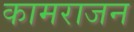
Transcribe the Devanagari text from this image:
कामराजन